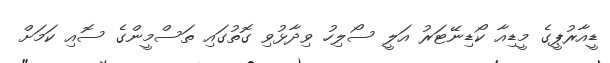
ޑީއާރުޕީގެ މީޑިއާ ކޯޑިނޭޓަރު އަލީ ސޯލިހު ވިދާޅުވި ގޮތުގައި ތަސްމީންގެ ސޮއި ކަމަށް